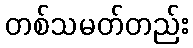
တစ်သမတ်တည်း